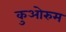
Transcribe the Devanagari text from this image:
कुओरुम